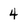
Character: 4